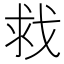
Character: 𫻲